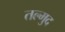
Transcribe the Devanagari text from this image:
तल्मुद